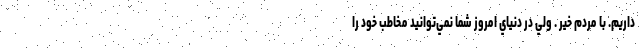
داريم. با مردم خير . ولي در دنياي امروز شما نمي‌توانيد مخاطب خود را